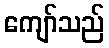
ကျော်သည်